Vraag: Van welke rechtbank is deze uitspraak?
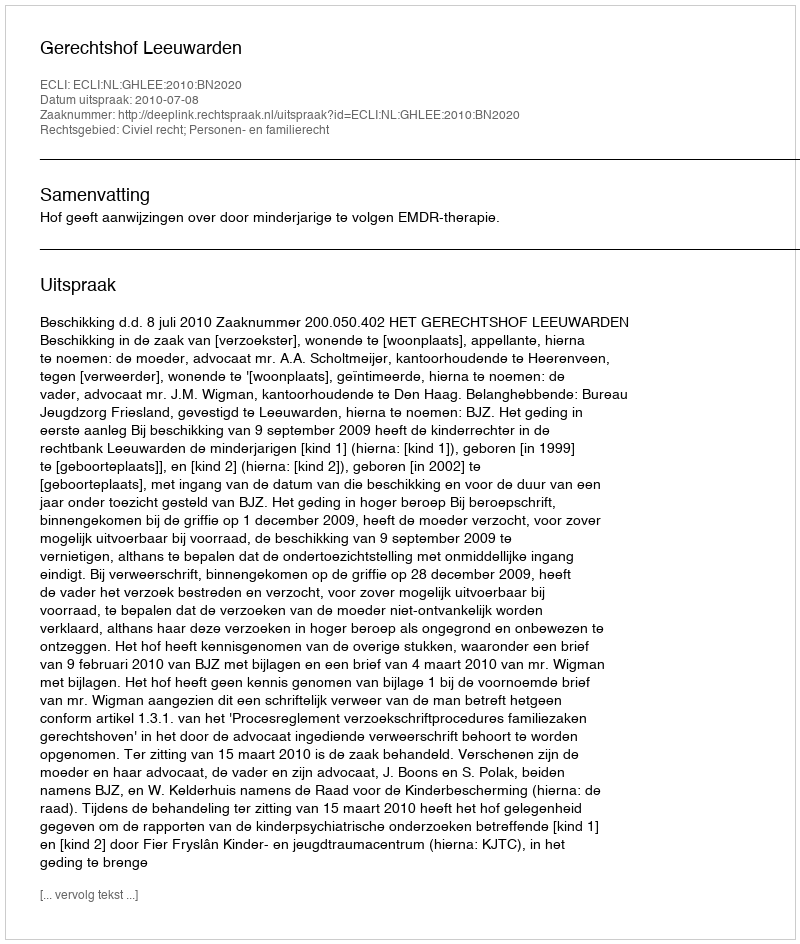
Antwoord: Gerechtshof Leeuwarden